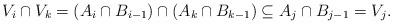
LaTeX: \begin{align*}V_i \cap V_k = (A_i \cap B_{i-1}) \cap (A_k \cap B_{k-1}) \subseteq A_j \cap B_{j-1} = V_j.\end{align*}